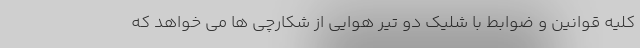
کلیه قوانین و ضوابط با شلیک دو تیر هوایی از شکارچی ها می خواهد که